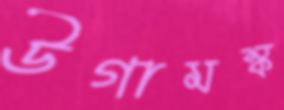
উগামস্ক